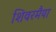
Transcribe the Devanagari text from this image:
शिवरमैया